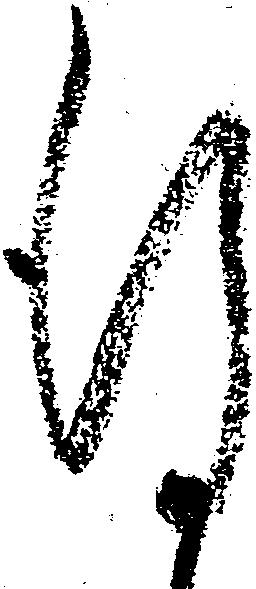
謹